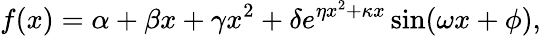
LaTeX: f(x)=\alpha+\beta x+\gamma x^{2}+\delta e^{\eta x^{2}+\kappa x}\sin(\omega x+\phi),